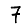
Digit: 7